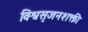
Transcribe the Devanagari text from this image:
विश्वसृजनशक्ती